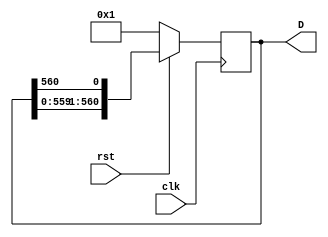
`timescale 1ns / 1ps
//////////////////////////////////////////////////////////////////////////////////
// Company: 
// Engineer: 
// 
// Design Name: 
// Module Name: shift_reg
// Project Name: 
// Target Devices: 
// Tool Versions: 
// Description: 
// 
// Dependencies: 
// 
// Revision:
// Revision 0.01 - File Created
// Additional Comments:
// 
//////////////////////////////////////////////////////////////////////////////////


module shift_reg(clk, rst, D);
    
    input clk, rst;
    output reg [560:0] D;
    
    always @ (posedge clk)
    if(!rst)
        D <= 1'b1;
    else
        D <= {D[560 - 1:0], D[560]};
        
endmodule